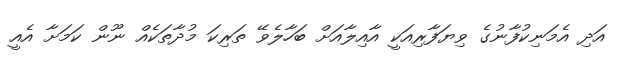
އަދި އެމަނިކުފާނުގެ ވިޔަފާރިއަކީ އާއިލާއަށް ބަހާލެވޭ ތަރިކަ މުދާތަކެއް ނޫން ކަމަށާ އެއީ